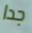
جدا